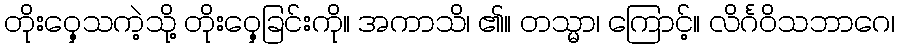
တိုးဝှေ့သကဲ့သို့ တိုးဝှေ့ခြင်းကို။ အကာသိ၊ ၏။ တသ္မာ၊ ကြောင့်။ လိင်္ဂဝိသဘာဂေ၊